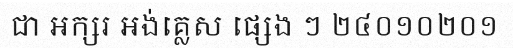
ជា អក្សរ អង់គ្លេស ផ្សេង ៗ ២៤០១០២០១